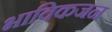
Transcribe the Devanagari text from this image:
भाविकजन